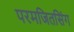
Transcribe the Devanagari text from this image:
परमजितसिंग